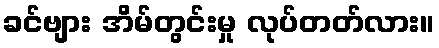
ခင်ဗျား အိမ်တွင်းမှု လုပ်တတ်လား။